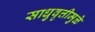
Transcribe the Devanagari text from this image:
साधुवृत्तीमुळे